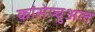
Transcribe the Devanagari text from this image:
कांसेप्चुअल